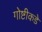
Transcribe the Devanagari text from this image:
गोष्टीकडे